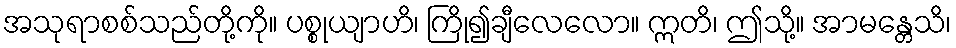
အသုရာစစ်သည်တို့ကို။ ပစ္စုယျာဟိ၊ ကြို၍ချီလေလော။ ဣတိ၊ ဤသို့။ အာမန္တေသိ၊